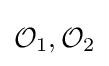
{\mathcal {O}}_{1},{\mathcal {O}}_{2}